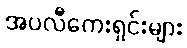
အပလီကေးရှင်းများ